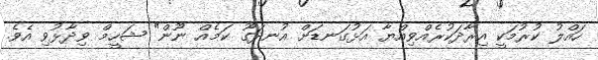
ހައްލު ކުރުމަކީ އިރާދަކުރެއްވިއްޔާ އަޅުގަނޑަށް އުނދަގޫ ކަމެއް ނޫން" ޝަހީމް ވިދާޅުވި އެވެ.